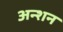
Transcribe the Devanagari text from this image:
अन्शन